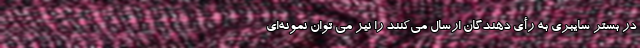
در بستر سایبری به رأی دهندگان ارسال می‌کنند را نیز می توان نمونه‌ای